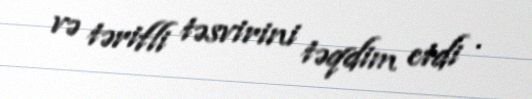
və tərifli təsvirini təqdim etdi .